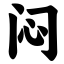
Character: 闷